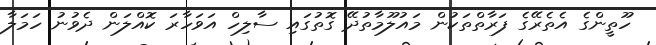
ހޫތީންގެ އެތެރޭގެ ފަރާތްތަކުން މައުލޫމާތުދޭ ގޮތުގައި ސާލިހް އަވަހާރަ ކޮއްލަން ދެވުނު ހަމަލާ